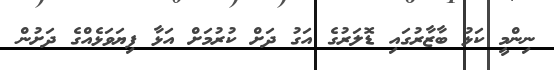
ނިންމީ ކަޅު ބާޒާރުގައި ޑޮލަރުގެ އަގު ދަށް ކުރުމަށް އަޅާ ފިޔަވަޅެއްގެ ދަށުން